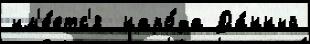
им'е́етс'я  наро́да Да́нный